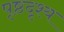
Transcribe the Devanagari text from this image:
पृष्ठदृश्य